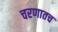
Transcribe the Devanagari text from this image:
चरणातच